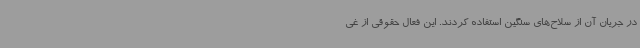
در جریان آن از سلاح‌های سنگین استفاده کردند. این فعال حقوقی از غی